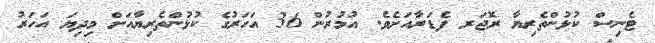
ޓެނިސް ކުޅުންތެރިޔާ ރޮޖަރ ފެޑަރާއަށެވެ. އުމުރުން 36 އަހަރުގެ ކުޅުންތެރިޔާއަށް މިދިޔަ އަހަރު